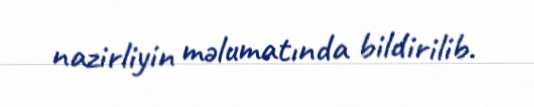
nazirliyin məlumatında bildirilib.